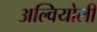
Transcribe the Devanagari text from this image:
अल्वियोली